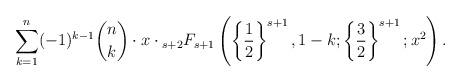
LaTeX: \begin{align*}\sum\limits_{k=1}^n(-1)^{k-1}\binom{n}{k}\cdot x\cdot{_{s+2}F_{s+1}}\left(\left\{\frac{1}{2}\right\}^{s+1},1-k;\left\{\frac{3}{2}\right\}^{s+1};x^2\right).\end{align*}